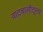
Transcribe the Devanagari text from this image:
वाटचालीतूनच